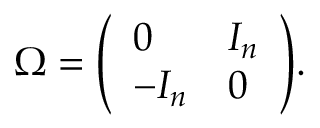
\Omega = { \left( \begin{array} { l l } { 0 } & { I _ { n } } \\ { - I _ { n } } & { 0 } \end{array} \right) } .